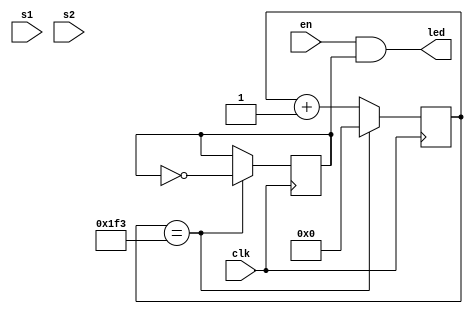
`timescale 1ns / 1ps
//////////////////////////////////////////////////////////////////////////////////
// Company: 
// Engineer: 
// 
// Design Name: 
// Module Name: blink
// Project Name: 
// Target Devices: 
// Tool Versions: 
// Description: 
// 
// Dependencies: 
// 
// Revision:
// Revision 0.01 - File Created
// Additional Comments:
// 
//////////////////////////////////////////////////////////////////////////////////


module blink(
clk,
en,
s1,
s2,
led
    );
    
    
input clk,en,s1,s2;
output led;

reg selected_out=1'b0;

reg[31:0] counter_25=0;    
reg[31:0] counter_10=0;
reg[31:0] counter_5=0;
reg[31:0] counter_1=0;

reg toggle25=1'b0;
reg toggle10=1'b0;
reg toggle5=1'b0;
reg toggle1=1'b0;

parameter val25=500;
parameter val10=1250;
parameter val5=2500;
parameter val1=12500;


always @(posedge clk)
    begin
    if(counter_25==val25-1)
        begin
            toggle25<=!toggle25;
            counter_25=0;
        end 
    else
        counter_25<=counter_25+1;
    end

assign led=en & toggle25;
    
endmodule